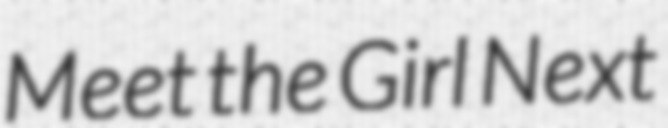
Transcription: Meet the Girl Next